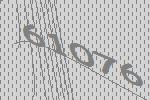
61076